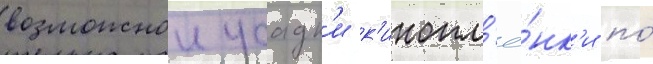
возможнои усадк'и к'инопл'ё́нк'и по́